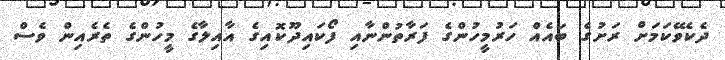
ދެކެވޭކަމަށް ރަށުގެ ބައެއް ހަރުމީހުންގެ ފަރާތުންނާއި ފޯކައިދޫކޮއިގެ އާއިލާގެ މީހުންގެ ތެރެއިން ވެސް